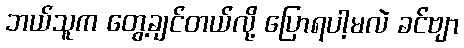
ဘယ်သူက တွေ့ချင်တယ်လို့ ပြောရပါ့မလဲ ခင်ဗျာ